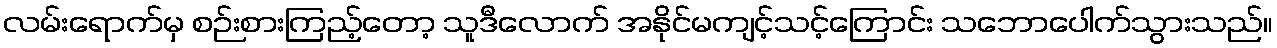
လမ်းရောက်မှ စဉ်းစားကြည့်တော့ သူဒီလောက် အနိုင်မကျင့်သင့်ကြောင်း သဘောပေါက်သွားသည်။